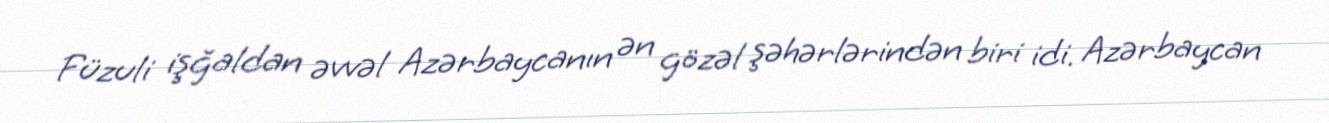
Füzuli işğaldan əvvəl Azərbaycanın ən gözəl şəhərlərindən biri idi. Azərbaycan